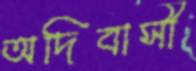
অদিবাসী